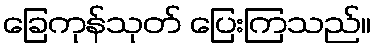
ခြေကုန်သုတ် ပြေးကြသည်။